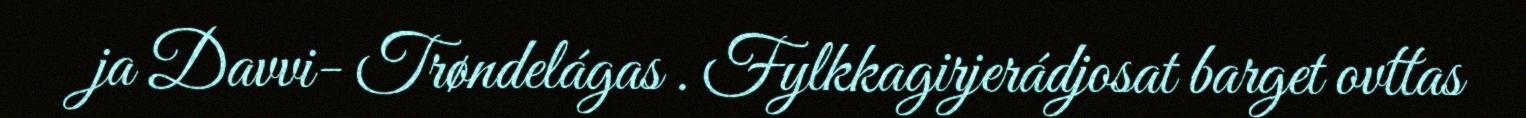
ja Davvi- Trøndelágas . Fylkkagirjerádjosat barget ovttas